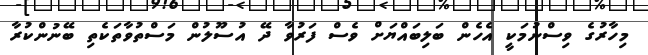
މިހާރުގެ ވިސްނުމަކީ އެހެން ބަލިބައްޔަށް ވެސް ފަރުވާ ދޭ އުސޫލުން މަސްތުވާތަކެތި ބޭނުންކުރާ